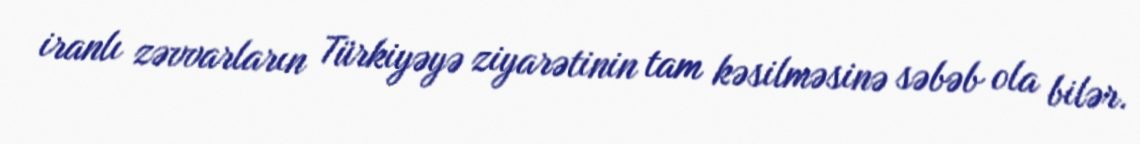
iranlı zəvvarların Türkiyəyə ziyarətinin tam kəsilməsinə səbəb ola bilər.